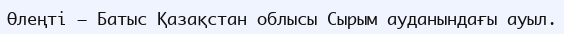
Өлеңті – Батыс Қазақстан облысы Сырым ауданындағы ауыл.